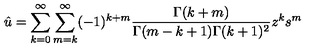
{ \hat { u } } = \sum _ { k = 0 } ^ { \infty } \sum _ { m = k } ^ { \infty } ( - 1 ) ^ { k + m } \frac { \Gamma ( k + m ) } { \Gamma ( m - k + 1 ) \Gamma ( k + 1 ) ^ { 2 } } z ^ { k } s ^ { m }